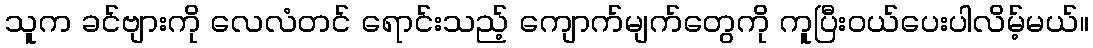
သူက ခင်ဗျားကို လေလံတင် ရောင်းသည့် ကျောက်မျက်တွေကို ကူပြီးဝယ်ပေးပါလိမ့်မယ်။